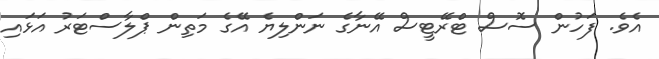
އެވެ. ފަހުން ސޮސް ޓްރޭޓީސް އޭނާގެ ނަންލިޔެ އޭގެ މަތިން ޕްލާސްޓަރު އަޅައި